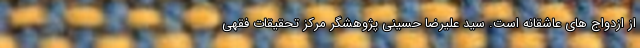
از ازدواج های عاشقانه است. سید علیرضا حسینی پژوهشگر مرکز تحقیقات فقهی